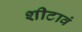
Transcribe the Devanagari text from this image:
शीटावं